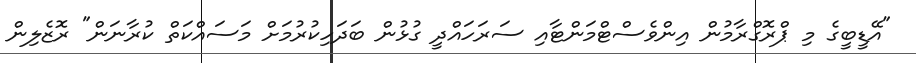
"އޭޑީބީގެ މި ޕްރޮގްރާމުން އިންވެސްޓްމަންޓާއި ސަރަހައްދީ ގުޅުން ބަދަހިކުރުމަށް މަސައްކަތް ކުރާނަން" ރޮޒެލިން